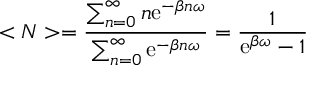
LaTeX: < N > = { \frac { \sum _ { n = 0 } ^ { \infty } n \mathrm { e } ^ { - \beta n \omega } } { \sum _ { n = 0 } ^ { \infty } \mathrm { e } ^ { - \beta n \omega } } } = { \frac { 1 } { \mathrm { e } ^ { \beta \omega } - 1 } }